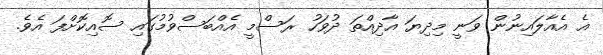
އެ އެއާލައިނުން ވަނީ މިދިޔަ އާދިއްތަ ދުވަހު ރަސްމީ އެއްބަސްވުމުގައި ސޮއިކޮށްފަ އެވެ.